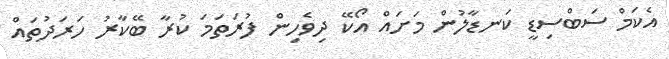
އެކަމް ސަބްސިޑީ ކަނޑާލުން މަށައް އޯކޭ ދިވެހިން ފުރަތަމަ ކުރާ ބޭކާރު ހަރަދުތައް